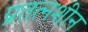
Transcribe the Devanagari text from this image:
प्रतत्नशीन